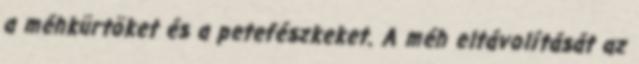
a méhkürtöket és a petefészkeket. A méh eltávolítását az